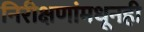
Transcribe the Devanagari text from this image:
निरीक्षणांमधूनही